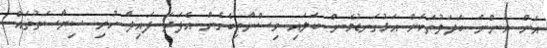
އަށް އަންނަ ބަދަލުތަކަށް އަޅުގަނޑުމެން ބަލައި ވިސްނާތިބެގެން އެފަދަ ފައިދާ ހުރި ސިޔާސަތުތައް